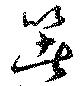
箸